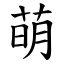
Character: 萌